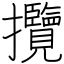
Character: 攬